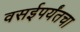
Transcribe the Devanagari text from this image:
वसईपर्यंतचा